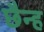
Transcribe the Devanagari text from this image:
छैन्ह